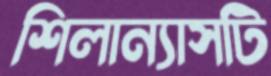
শিলান্যাসটি